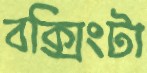
বক্সিংটা